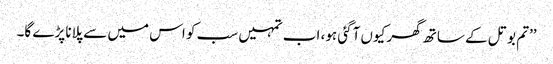
’’تم بوتل کے ساتھ گھر کیوں آگئی ہو، اب تمہیں سب کو اس میں سے پلانا پڑے گا۔